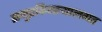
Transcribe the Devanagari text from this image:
समुद्रकिनार्‍यालगत